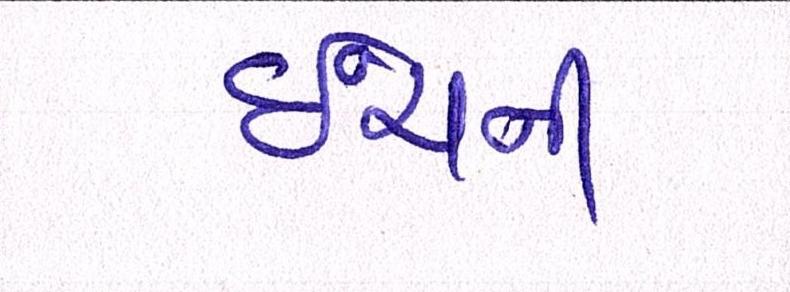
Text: ઇંચની